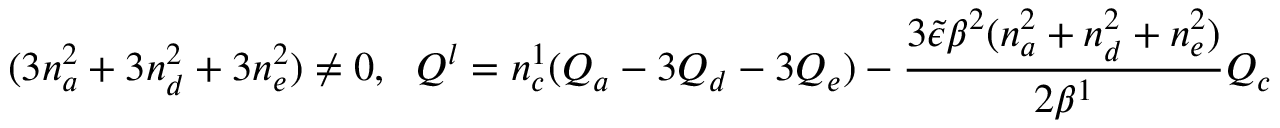
( 3 n _ { a } ^ { 2 } + 3 n _ { d } ^ { 2 } + 3 n _ { e } ^ { 2 } ) \neq 0 , \; \ Q ^ { l } = n _ { c } ^ { 1 } ( Q _ { a } - 3 Q _ { d } - 3 Q _ { e } ) - \frac { 3 { \tilde { \epsilon } } \beta ^ { 2 } ( n _ { a } ^ { 2 } + n _ { d } ^ { 2 } + n _ { e } ^ { 2 } ) } { 2 \beta ^ { 1 } } Q _ { c }